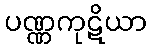
ပဏ္ဏကုဋိယာ